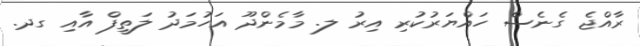
ރާއްޖެ ގެނެސް ހައްޔަރުުކުރި އިރު ލ. މާމެންދޫ އަހުމަދު ލަތީފް އާއި ގދ.